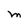
Character: M